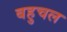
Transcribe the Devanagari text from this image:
बहुचल